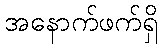
အနောက်ဖက်ရှိ